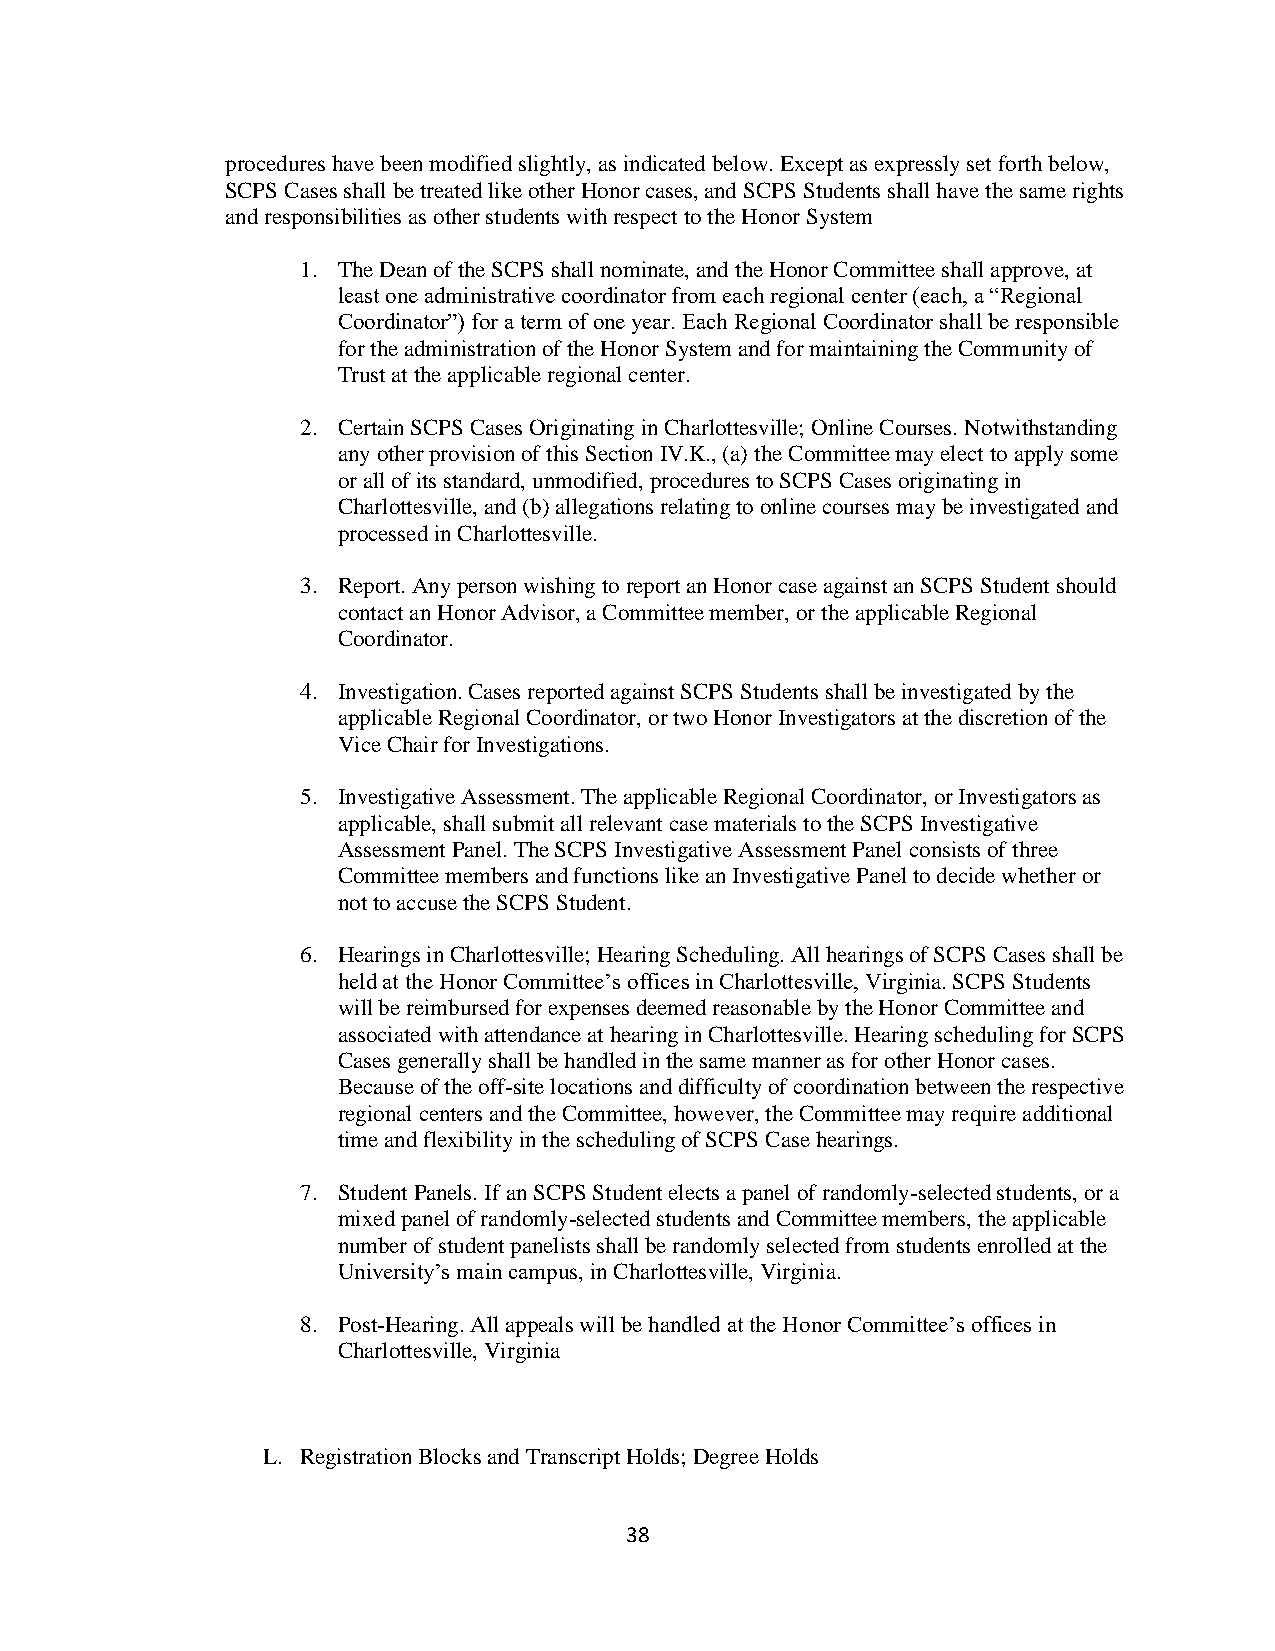
procedures have been modified slightly, as indicated below. Except as expressly set forth below,
 SCPS Cases shall be treated like other Honor cases, and SCPS Students shall have the same rights
 and responsibilities as other students with respect to the Honor System
 1. The Dean of the SCPS shall nominate, and the Honor Committee shall approve, at
 least one administrative coordinator from each regional center (each, a “Regional
 Coordinator”) for a term of one year. Each Regional Coordinator shall be responsible
 for the administration of the Honor System and for maintaining the Community of
 Trust at the applicable regional center.
 2. Certain SCPS Cases Originating in Charlottesville; Online Courses. Notwithstanding
 any other provision of this Section IV.K., (a) the Committee may elect to apply some
 or all of its standard, unmodified, procedures to SCPS Cases originating in
 Charlottesville, and (b) allegations relating to online courses may be investigated and
 processed in Charlottesville.
 3. Report. Any person wishing to report an Honor case against an SCPS Student should
 contact an Honor Advisor, a Committee member, or the applicable Regional
 Coordinator.
 4. Investigation. Cases reported against SCPS Students shall be investigated by the
 applicable Regional Coordinator, or two Honor Investigators at the discretion of the
 Vice Chair for Investigations.
 5. Investigative Assessment. The applicable Regional Coordinator, or Investigators as
 applicable, shall submit all relevant case materials to the SCPS Investigative
 Assessment Panel. The SCPS Investigative Assessment Panel consists of three
 Committee members and functions like an Investigative Panel to decide whether or
 not to accuse the SCPS Student.
 6. Hearings in Charlottesville; Hearing Scheduling. All hearings of SCPS Cases shall be
 held at the Honor Committee’s offices in Charlottesville, Virginia. SCPS Students
 will be reimbursed for expenses deemed reasonable by the Honor Committee and
 associated with attendance at hearing in Charlottesville. Hearing scheduling for SCPS
 Cases generally shall be handled in the same manner as for other Honor cases.
 Because of the off-site locations and difficulty of coordination between the respective
 regional centers and the Committee, however, the Committee may require additional
 time and flexibility in the scheduling of SCPS Case hearings.
 7. Student Panels. If an SCPS Student elects a panel of randomly-selected students, or a
 mixed panel of randomly-selected students and Committee members, the applicable
 number of student panelists shall be randomly selected from students enrolled at the
 University’s main campus, in Charlottesville, Virginia.
 8. Post-Hearing. All appeals will be handled at the Honor Committee’s offices in
 Charlottesville, Virginia
 L. Registration Blocks and Transcript Holds; Degree Holds
 38